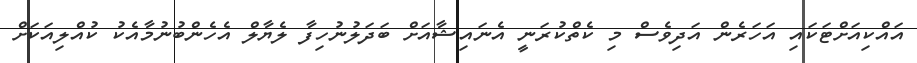
އައްކިއަށްޓަކައި އަހަރެން އަދިވެސް މި ކެތްކުރަނީ އެނައިޝާއަށް ބަދަލުނުހިފާ ލެޔާލް އެހެންބުނުމާއެކު ކުއްލިއަކަށް